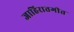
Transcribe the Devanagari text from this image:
जाहिरातगीत